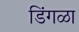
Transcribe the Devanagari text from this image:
डिंगळा